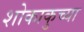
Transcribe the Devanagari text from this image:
शोकाकुच्या